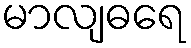
မာလျဓရေ